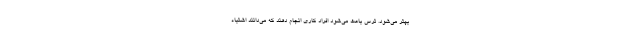
بهتر می‌شود. ترس باعث می‌شود افراد کاری انجام دهند که می‌دانند اشتباه